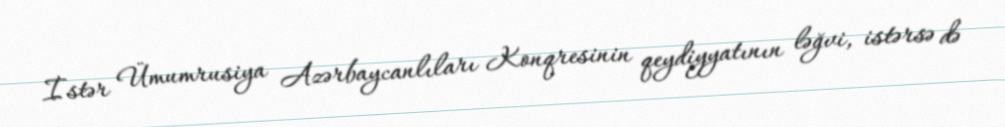
İstər Ümumrusiya Azərbaycanlıları Konqresinin qeydiyyatının ləğvi, istərsə də